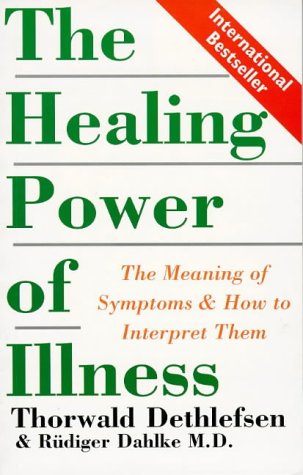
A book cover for The Healing Power of Illness: The Meaning of Symptoms and How to Interpret Them; Thorwald Dethlefsen; Health, Fitness & Dieting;